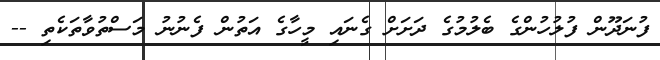
ފުނަދޫން ފުލުހުންގެ ބެލުމުގެ ދަށަށް ގެނައި މީހާގެ އަތުން ފެނުނު މަސްތުވާތަކެތި --